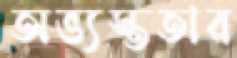
অভ্যস্ততার